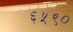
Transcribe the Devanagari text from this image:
६५९०